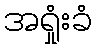
အရှုံးခံ